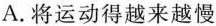
A.将运动得越来越慢